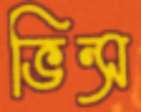
ভিন্স